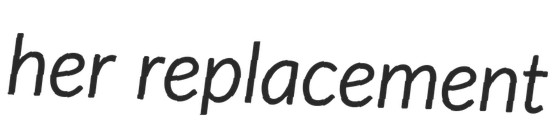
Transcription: her replacement